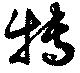
特